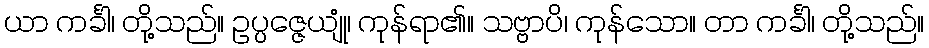
ယာ ကင်္ခါ၊ တို့သည်။ ဥပ္ပဇ္ဇေယျုံ၊ ကုန်ရာ၏။ သဗ္ဗာပိ၊ ကုန်သော။ တာ ကင်္ခါ၊ တို့သည်။